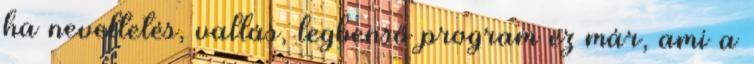
ha neveltetés, vallás, legbenső program ez már, ami a